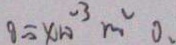
8 = x 1 0 ^ { - 3 } m ^ { 2 } 0 .